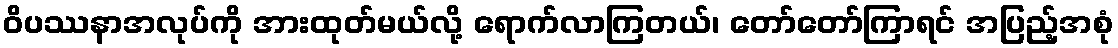
ဝိပဿနာအလုပ်ကို အားထုတ်မယ်လို့ ရောက်လာကြတယ်၊ တော်တော်ကြာရင် အပြည့်အစုံ